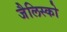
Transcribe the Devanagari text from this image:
जैलिस्को